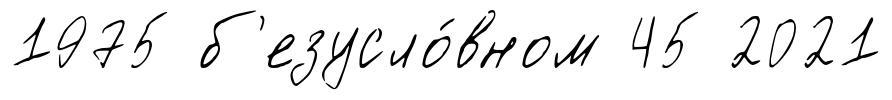
1975 б'езусло́вном 45 2021